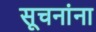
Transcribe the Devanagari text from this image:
सूचनांना